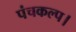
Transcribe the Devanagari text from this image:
पंचकल्प।